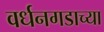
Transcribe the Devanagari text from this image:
वर्धनगडाच्या